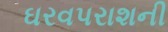
ઘરવપરાશની